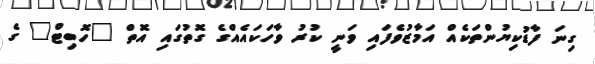
ގިނަ ފާޑުކިޔުންތަކެއް އަމާޒުވެފައި ވަނީ ކުރު ވާހަކައެއްގެ ގޮތުގައި އޮތް "ހޮބިޓް" ގެ